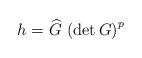
LaTeX: \begin{align*}h = \widehat{G} \, \left( \mbox{det} \, G\right) ^p\end{align*}